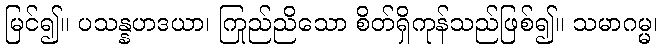
မြင်၍။ ပသန္နဟဒယာ၊ ကြည်ညိုသော စိတ်ရှိကုန်သည်ဖြစ်၍။ သမာဂမ္မ၊